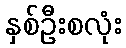
နှစ်ဦးစလုံး